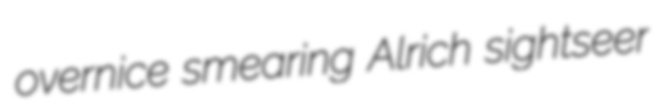
overnice smearing Alrich sightseer